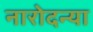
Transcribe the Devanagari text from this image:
नारोदन्या